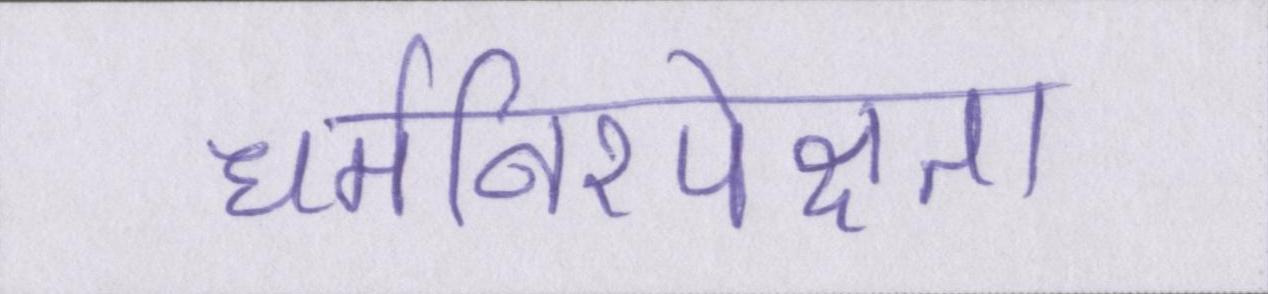
धर्मनिरपेक्षता